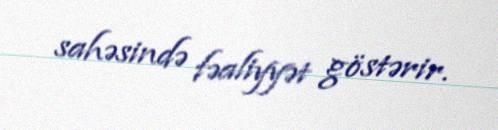
sahəsində fəaliyyət göstərir.